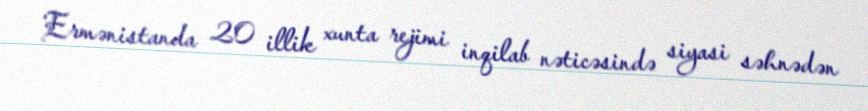
Ermənistanda 20 illik xunta rejimi inqilab nəticəsində siyasi səhnədən